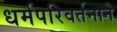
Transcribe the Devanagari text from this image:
धर्मपरिवर्तनाने